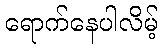
ရောက်နေပါလိမ့်